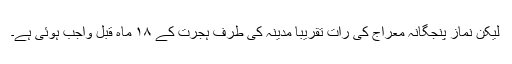
لیکن نماز پنجگانہ معراج کی رات تقریبا مدینہ کی طرف ہجرت کے ۱۸ ماہ قبل واجب ہوئی ہے۔